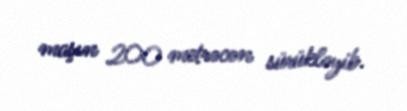
maşın 200 metrəcən sürükləyib.